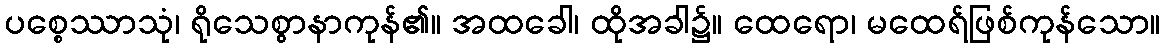
ပစ္စေဿာသုံ၊ ရိုသေစွာနာကုန်၏။ အထခေါ၊ ထိုအခါ၌။ ထေရော၊ မထေရ်ဖြစ်ကုန်သော။